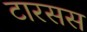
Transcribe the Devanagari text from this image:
टारसस